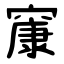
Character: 䆲